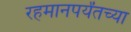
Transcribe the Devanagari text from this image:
रहमानपर्यंतच्या